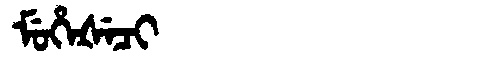
Manchu: ᠮᡠᡥᡝᡧᡝᠴᡳ
Romanization: MUHEŠECI